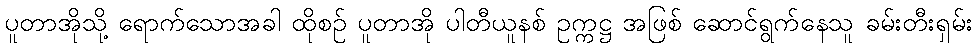
ပူတာအိုသို့ ရောက်သောအခါ ထိုစဉ် ပူတာအို ပါတီယူနစ် ဥက္ကဋ္ဌ အဖြစ် ဆောင်ရွက်နေသူ ခမ်းတီးရှမ်း